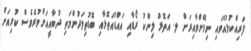
ފަރިއްކުޅުއްވައި ނިމޭންވާއިރަށް ލ. އަތޮޅު ލިންކު ރޯޑާއި އައްޑުއަތޮޅާއި ބޮޑުތިލަދުންމަތި ދުބާއީއަށްވުރެވެސް ކުރިއަށް